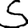
Digit: 5